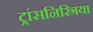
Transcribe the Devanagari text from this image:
ट्रांसनिस्त्रिया